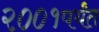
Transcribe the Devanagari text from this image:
२००१पर्यंत